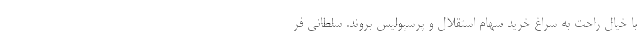
با خیال راحت به سراغ خرید سهام استقلال و پرسپولیس بروند. سلطانی فر